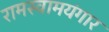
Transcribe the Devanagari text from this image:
रामस्वामयंगार